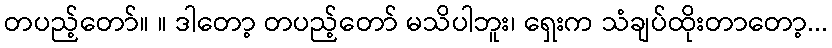
တပည့်တော်။ ။ ဒါတော့ တပည့်တော် မသိပါဘူး၊ ရှေးက သံချပ်ထိုးတာတော့...